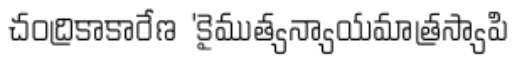
చంద్రికాకారేణ 'కైముత్యన్యాయమాత్రస్యాపి